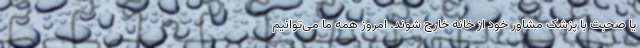
یا صحبت با پزشک مشاور خود از خانه خارج ‌شوند. امروز همه ما می‌توانیم